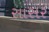
સાસર